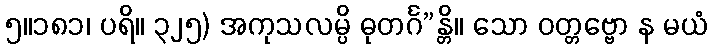
၅။၁၈၁၊ ပရိ။ ၃၂၅) အကုသလမ္ပိ ဓုတင်္ဂ”န္တိ။ သော ဝတ္တဗ္ဗော န မယံ